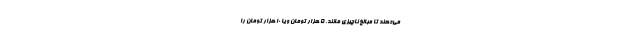
می‌دهند تا مبالغ ناچیزی مانند، ۵ هزار تومان و یا ۱۰ هزار تومان را